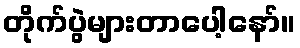
တိုက်ပွဲများတာပေါ့နော်။